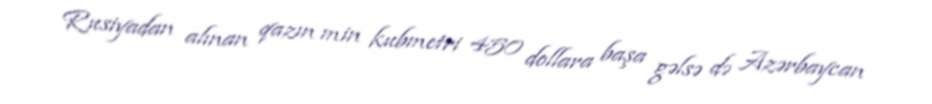
Rusiyadan alınan qazın min kubmetri 450 dollara başa gəlsə də Azərbaycan